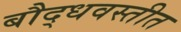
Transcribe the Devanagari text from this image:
बौद्धवस्तीत